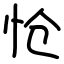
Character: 怆